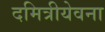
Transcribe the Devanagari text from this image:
दमित्रीयेवना